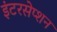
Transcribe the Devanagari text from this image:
इंटरसेप्शन